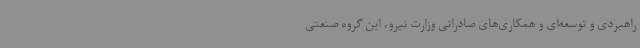
راهبردی و توسعه‌ای و همکاری‌های صادراتی وزارت نیرو، این گروه صنعتی